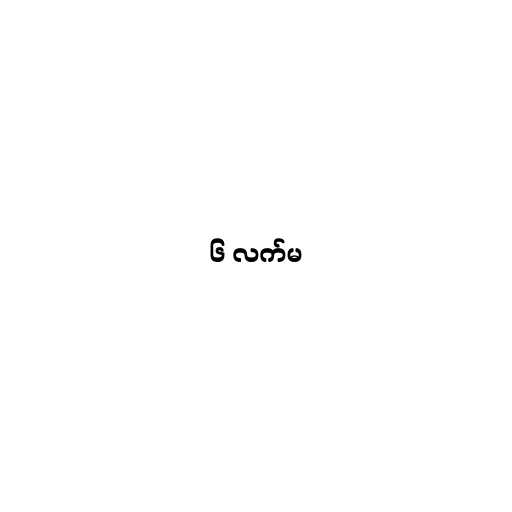
၆ လက်မ